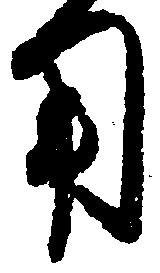
用